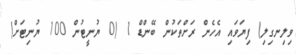
ވިލިނގިލި) ފިޔަވައި އެހެން ރަށްތަކުން ބޭންޑް 1 (0 ޔުނީޓުން 100 ޔުނިޓަށް)